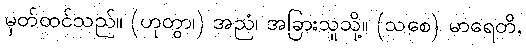
မှတ်ထင်သည်။ (ဟုတွာ၊) အညံ၊ အခြားသူသို့။ (သစေ) မာရေတိ,